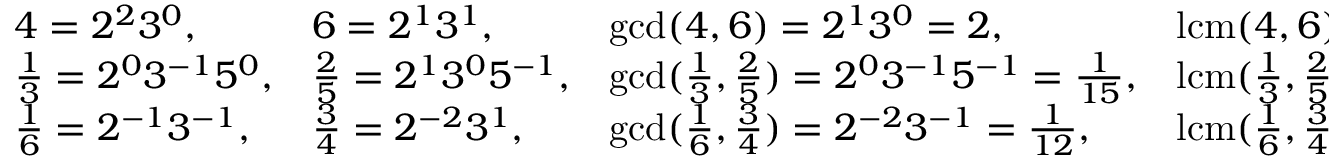
\begin{array} { l l l l } { 4 = 2 ^ { 2 } 3 ^ { 0 } , } & { 6 = 2 ^ { 1 } 3 ^ { 1 } , } & { \operatorname* { g c d } ( 4 , 6 ) = 2 ^ { 1 } 3 ^ { 0 } = 2 , } & { \operatorname { l c m } ( 4 , 6 ) = 2 ^ { 2 } 3 ^ { 1 } = 1 2 . } \\ { { \frac { 1 } { 3 } } = 2 ^ { 0 } 3 ^ { - 1 } 5 ^ { 0 } , } & { { \frac { 2 } { 5 } } = 2 ^ { 1 } 3 ^ { 0 } 5 ^ { - 1 } , } & { \operatorname* { g c d } ( { \frac { 1 } { 3 } } , { \frac { 2 } { 5 } } ) = 2 ^ { 0 } 3 ^ { - 1 } 5 ^ { - 1 } = { \frac { 1 } { 1 5 } } , } & { \operatorname { l c m } ( { \frac { 1 } { 3 } } , { \frac { 2 } { 5 } } ) = 2 ^ { 1 } 3 ^ { 0 } 5 ^ { 0 } = 2 , } \\ { { \frac { 1 } { 6 } } = 2 ^ { - 1 } 3 ^ { - 1 } , } & { { \frac { 3 } { 4 } } = 2 ^ { - 2 } 3 ^ { 1 } , } & { \operatorname* { g c d } ( { \frac { 1 } { 6 } } , { \frac { 3 } { 4 } } ) = 2 ^ { - 2 } 3 ^ { - 1 } = { \frac { 1 } { 1 2 } } , } & { \operatorname { l c m } ( { \frac { 1 } { 6 } } , { \frac { 3 } { 4 } } ) = 2 ^ { - 1 } 3 ^ { 1 } = { \frac { 3 } { 2 } } . } \end{array}